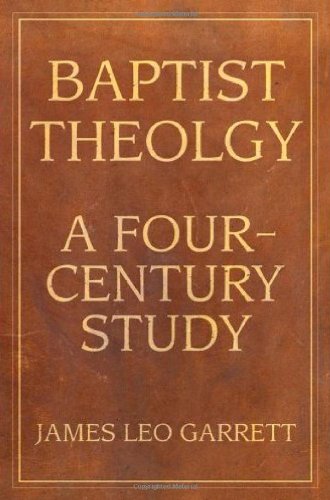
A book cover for Baptist Theology: A Four-Century Study (Baptist Series); James Leo, Jr. Garrett; Christian Books & Bibles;